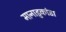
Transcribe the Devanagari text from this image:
मानाडुकांडा